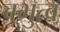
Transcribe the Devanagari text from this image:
बभुत्व